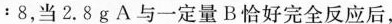
：8，当2.8gA与一定量B恰好完全反应后，